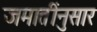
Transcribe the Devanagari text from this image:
जमातींनुसार